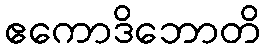
ဧကောဒိဘောတိ